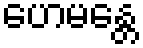
ဟေမန္တေ